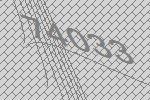
74033